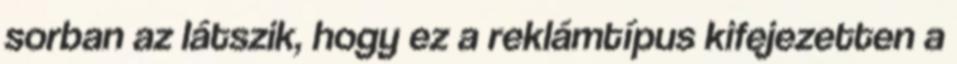
sorban az látszik, hogy ez a reklámtípus kifejezetten a